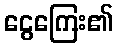
ငွေကြေး၏